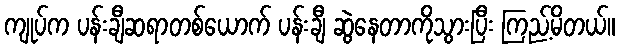
ကျုပ်က ပန်းချီဆရာတစ်ယောက် ပန်းချီ ဆွဲနေတာကိုသွားပြီး ကြည့်မိတယ်။